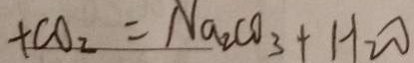
+ C O _ { 2 } = N a _ { 2 } C O _ { 3 } + H _ { 2 } O